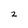
Character: 2